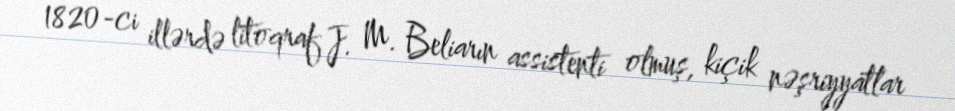
1820-ci illərdə litoqraf J. M. Beliarın assistenti olmuş, kiçik nəşriyyatlar